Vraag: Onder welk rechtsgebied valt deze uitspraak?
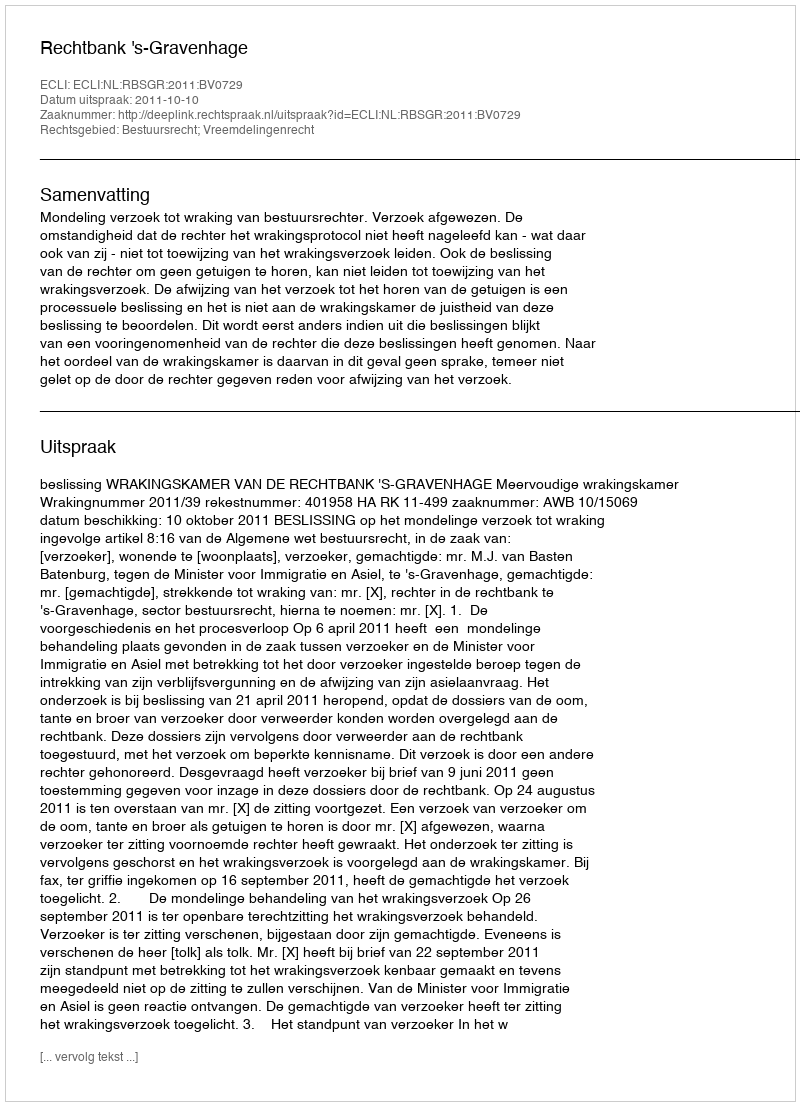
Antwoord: Bestuursrecht; Vreemdelingenrecht